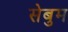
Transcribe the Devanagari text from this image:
सेबुम